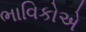
ભાવિકોએ